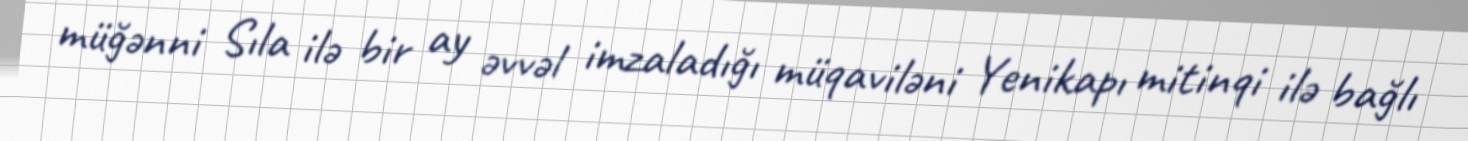
müğənni Sıla ilə bir ay əvvəl imzaladığı müqaviləni Yenikapı mitinqi ilə bağlı